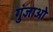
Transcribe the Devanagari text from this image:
गुंजाओ